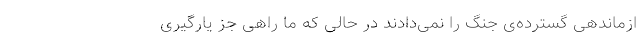
ازماندهی گسترده‌ی جنگ را نمی‌دادند در حالی که ما راهی جز یارگیری